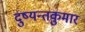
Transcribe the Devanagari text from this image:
दुष्यन्तकुमार